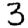
Digit: 3